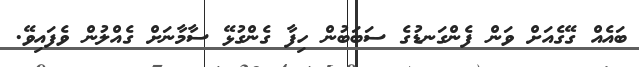
ބައެއް ގޭގެއަށް ވަން ފެންގަނޑުގެ ސަބަބުން ހިފާ ގެންގުޅޭ ސާމާނަށް ގެއްލުން ވެފައިވޭ.